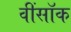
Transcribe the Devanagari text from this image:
वींसॉक